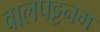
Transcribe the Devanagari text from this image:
वालपट्टनम